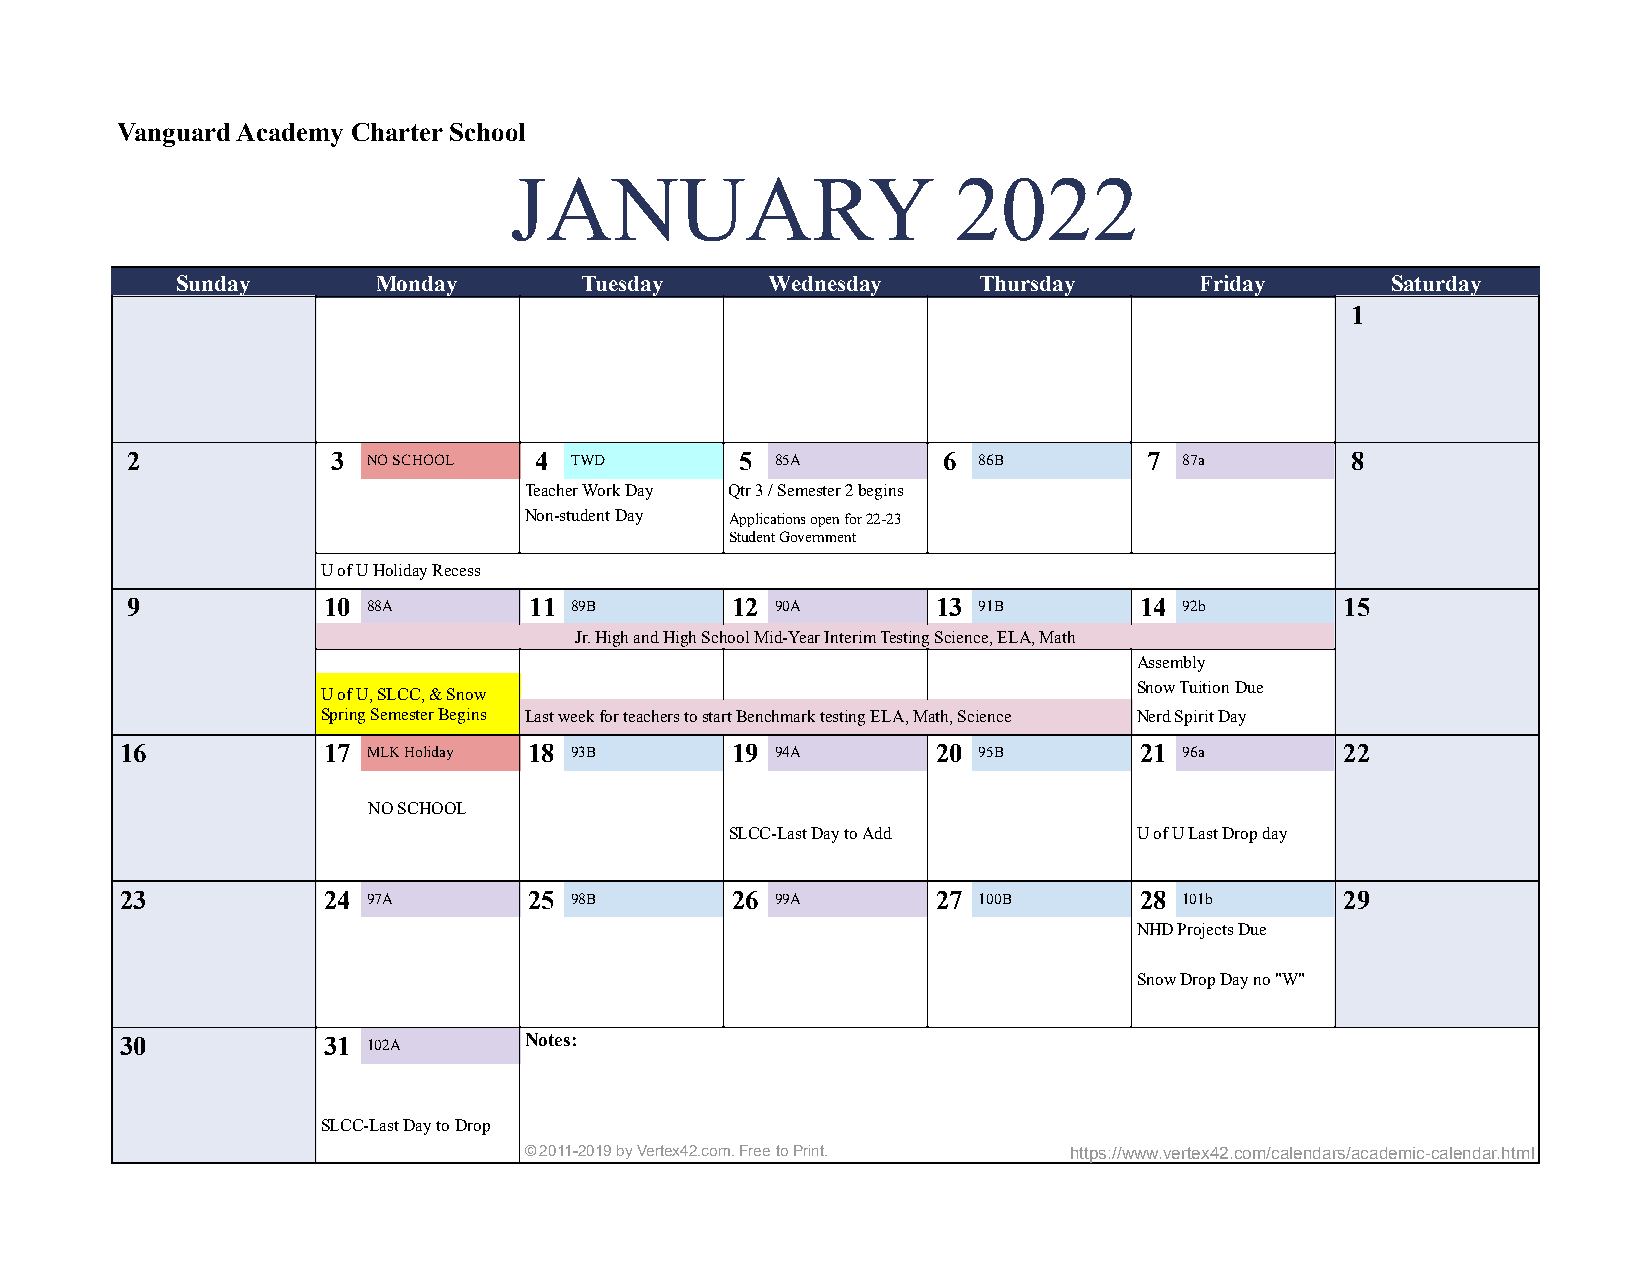
Vanguard Academy Charter School
 JANUARY                      2022
 Sunday       Monday       Tuesday      Wednesday     Thursday      Friday       Saturday
 1
 2             3 NO SCHOOL  4  TWD        5 85A        6  86B        7 87a        8
 Teacher Work Day Qtr 3 / Semester 2 begins
 Non-student Day Applications open for 22-23
 Student Government
 U of U Holiday Recess
 9            10 88A        11 89B       12 90A        13 91B       14 92b        15
 Jr. High and High School Mid-Year Interim Testing Science, ELA, Math
 Assembly
 Snow Tuition Due
 U of U, SLCC, & Snow
 Spring Semester Begins Last week for teachers to start Benchmark testing ELA, Math, Science Nerd Spirit Day
 16           17 MLK Holiday 18 93B      19 94A        20 95B       21 96a        22
 NO SCHOOL
 SLCC-Last Day to Add       U of U Last Drop day
 23           24 97A        25 98B       26 99A        27 100B      28 101b       29
 NHD Projects Due
 Snow Drop Day no "W"
 30           31 102A       Notes:
 SLCC-Last Day to Drop
 © 2011-2019 by Vertex42.com. Free to Print. https://www.vertex42.com/calendars/academic-calendar.html